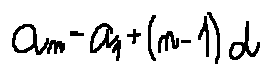
a _ { n } = a _ { 1 } + ( n - 1 ) d